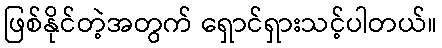
ဖြစ်နိုင်တဲ့အတွက် ရှောင်ရှားသင့်ပါတယ်။